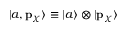
| a , \mathbf { p } _ { \chi } \rangle \equiv | a \rangle \otimes | \mathbf { p } _ { \chi } \rangle